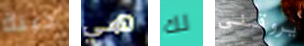
جبنة هي لك يروقني